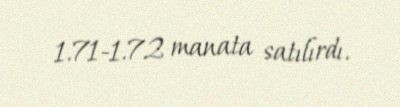
1.71-1.72 manata satılırdı.